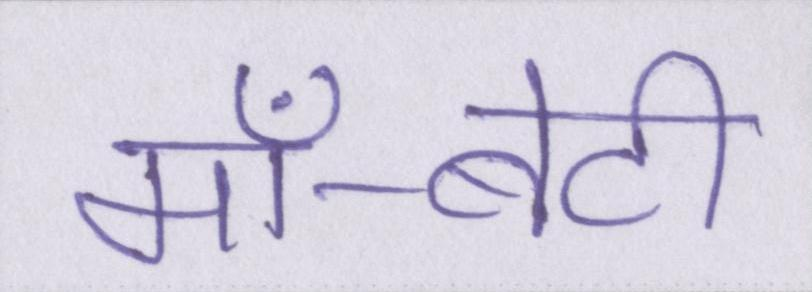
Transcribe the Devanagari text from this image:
माँ-बेटी